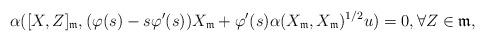
LaTeX: \begin{align*}\alpha([X,Z]_\mathfrak{m},(\varphi(s)-s\varphi'(s))X_\mathfrak{m}+\varphi'(s)\alpha(X_\mathfrak{m},X_\mathfrak{m})^{1/2}u)=0,\forall Z\in\mathfrak{m},\end{align*}